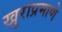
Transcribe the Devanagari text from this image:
खुराप्रमाणे